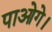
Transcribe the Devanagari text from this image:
पाओगे।